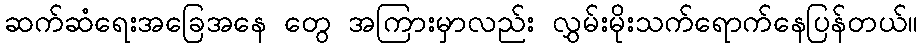
ဆက်ဆံရေးအခြေအနေ တွေ အကြားမှာလည်း လွှမ်းမိုးသက်ရောက်နေပြန်တယ်။